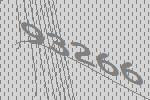
93266